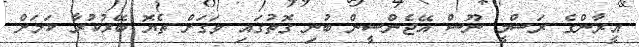
އީރާންގެ ރަސްމީ ނޫސް އޭޖެންސީން ބުނި ގޮތުގައި ވަގަށް ތެޔޮ ބޭރުކުރާ ކަމަށް